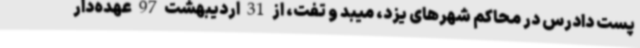
پست دادرس در محاکم شهر‌های یزد، میبد و تفت، از 31 اردیبهشت 97 عهده‌دار